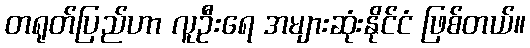
တရုတ်ပြည်ဟာ လူဦးရေ အများဆုံးနိုင်ငံ ဖြစ်တယ်။